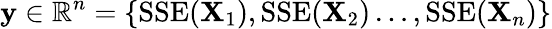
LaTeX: \mathbf{y}\in\mathbb{R}^{n}=\{ \mathrm{SSE}(\mathbf{X}_{1}),\mathrm{SSE}(\mathbf{X}_{2})\dots,\mathrm{SSE}(\mathbf{X}_{n})\}